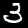
Digit: 3